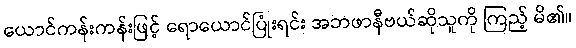
ယောင်ကန်းကန်းဖြင့် ရောယောင်ပြုံးရင်း အဘဖာနီဗယ်ဆိုသူကို ကြည့် မိ၏။